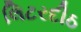
લિટરદીઠ